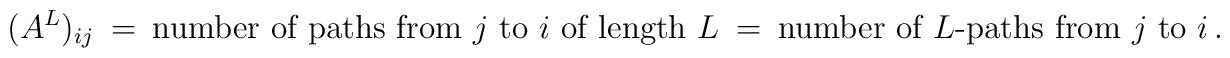
(A^L)_{ij} ~=~ \mbox{number of paths from $j$ to $i$ of length $L$}   ~=~ \mbox{number of $L$-paths from $j$ to $i$} \,.